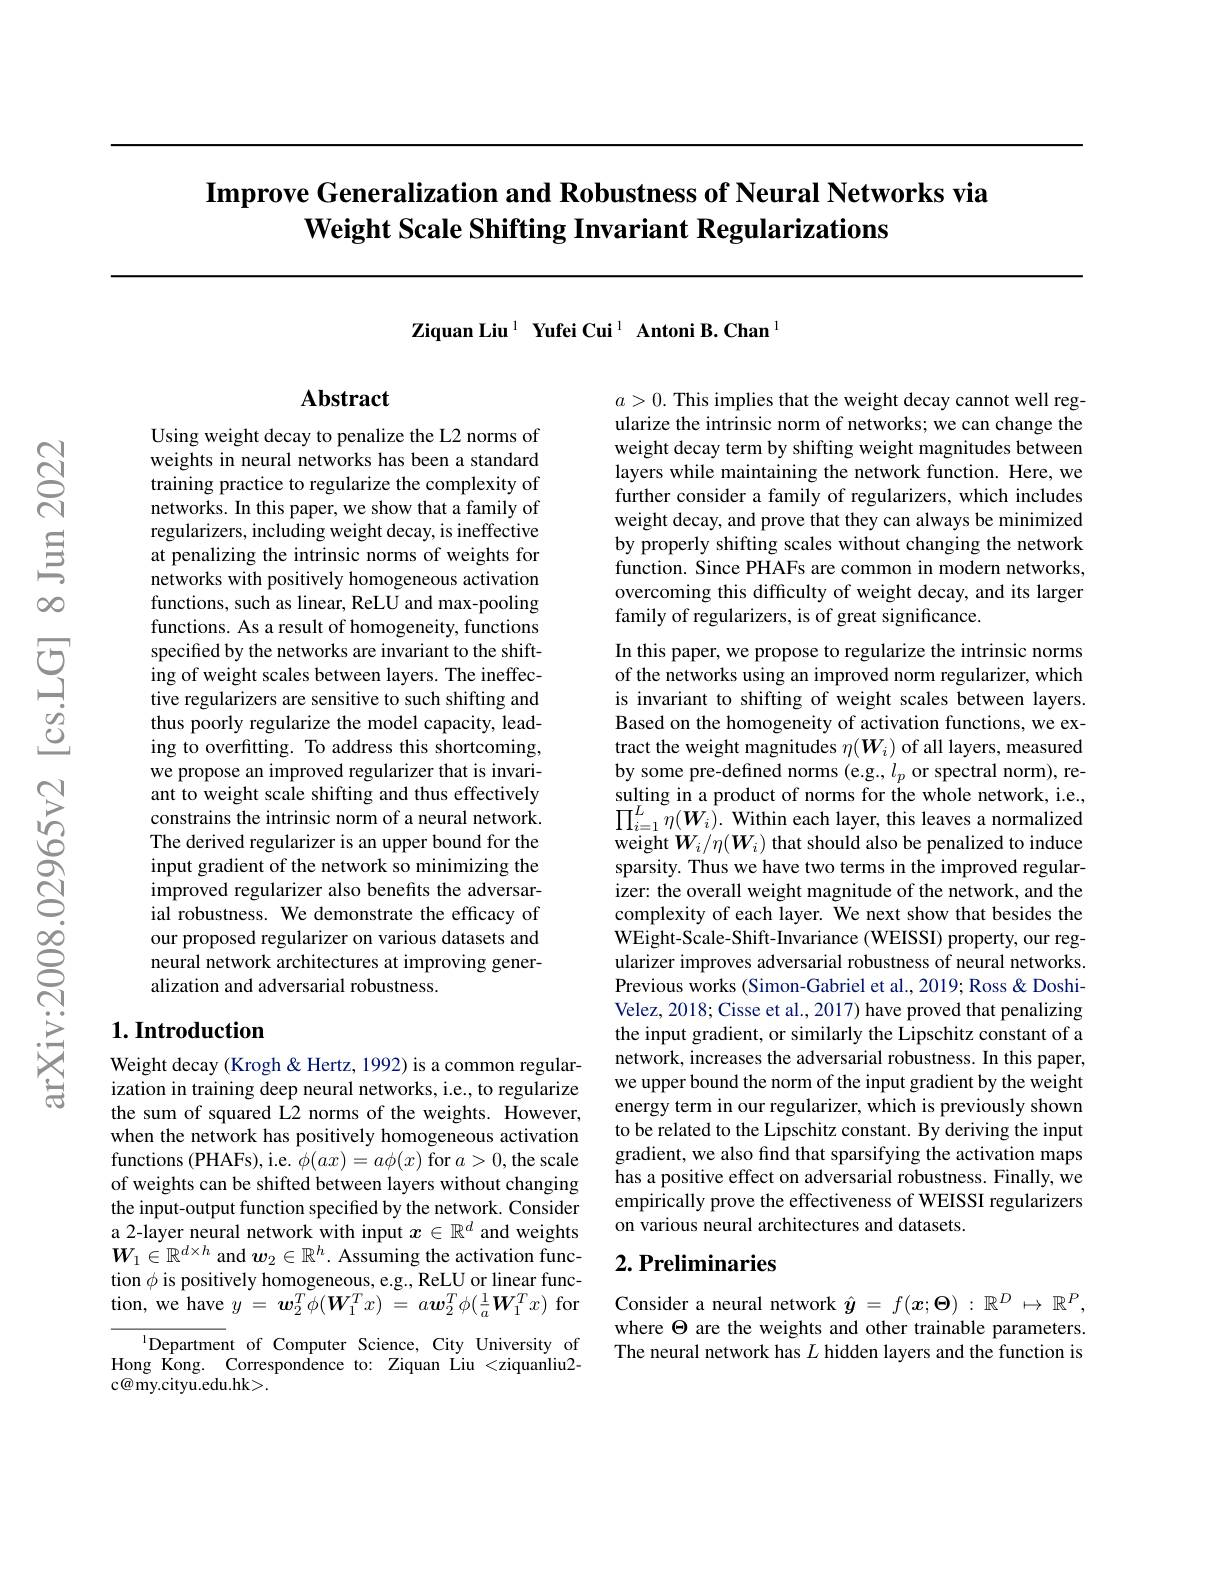
# $\textbf{Improve Generalization and Robustness of Neural Networks via}$ Weight Scale Shifting Invariant Regularizations

Ziquan Liu$^{1}$ Yufei Cui$^{1}$ Antoni B. Chan$^{1}$

## $\mathbf{Abstract}$

Using weight decay to penalize the L2 norms of weights in neural networks has been a standard training practice to regularize the complexity of networks. In this paper, we show that a family of regularizers, including weight decay, is ineffective at penalizing the intrinsic norms of weights for networks with positively homogeneous activation functions, such as linear, ReLU and max-pooling functions. As a result of homogeneity, functions specified by the networks are invariant to the shifting of weight scales between layers. The ineffective regularizers are sensitive to such shifting and thus poorly regularize the model capacity, leading to overfitting. To address this shortcoming, we propose an improved regularizer that is invariant to weight scale shifting and thus effectively constrains the intrinsic norm of a neural network. The derived regularizer is an upper bound for the input gradient of the network so minimizing the improved regularizer also benefits the adversarial robustness. We demonstrate the efficacy of our proposed regularizer on various datasets and neural network architectures at improving generalization and adversarial robustness.

## $1. \textbf{Introduction}$

Weight decay (Krogh & Hertz, 1992) is a common regularization in training deep neural networks, i.e., to regularize the sum of squared L2 norms of the weights. However, when the network has positively homogeneous activation functions (PHAFs), i.e. $\phi(ax)=a\phi(x)$ for $a>0$, the scale of weights can be shifted between layers without changing the input-output function specified by the network. Consider a 2-layer neural network with input $x\in\mathbb{R}^d$ and weights $W_1\in\mathbb{R}^{d\times h}$ and $\boldsymbol w_2\in\mathbb{R}^h.$ Assuming the activation function $\phi$ is positively homogeneous, e.g., ReLU or linear function, we have $y= {\boldsymbol{w}}_{2}^{T}\phi ( \boldsymbol{W}_{1}^{T}x) = a\boldsymbol{w}_{2}^{T}\phi ( \frac 1a\boldsymbol{W}_{1}^{T}x) $for

$^{1}$Department of Computer Science, City University of Hong Kong. Correspondence to: Ziquan Liu <ziquanliu2- $c\textcircled{a}$my.cityu.edu.hk>.

$a>0.$ This implies that the weight decay cannot well regularize the intrinsic norm of networks; we can change the weight decay term by shifting weight magnitudes between layers while maintaining the network function. Here, we further consider a family of regularizers, which includes weight decay, and prove that they can always be minimized by properly shifting scales without changing the network function. Since PHAFs are common in modern networks, overcoming this difficulty of weight decay, and its larger family of regularizers, is of great significance

In this paper, we propose to regularize the intrinsic norms of the networks using an improved norm regularizer, which is invariant to shifting of weight scales between layers. Based on the homogeneity of activation functions, we extract the weight magnitudes $\eta(W_i)$ of all layers, measured by some pre-defined norms (e.g., $l_p$ or spectral norm), resulting in a product of norms for the whole network, i.e., $\prod_{i=1}^{L}\tilde{\eta}(\tilde{W_{i}}).$ Within each layer, this leaves a normalized weight $W_i/\eta(W_i)$ that should also be penalized to induce sparsity. Thus we have two terms in the improved regularizer: the overall weight magnitude of the network, and the complexity of each layer. We next show that besides the WEight-Scale-Shift-Invariance (WEISSI) property, our regularizer improves adversarial robustness of neural networks. Previous works (Simon-Gabriel et al., 2019; Ross& DoshiVelez, 2018; Cisse et al., 2017) have proved that penalizing the input gradient, or similarly the Lipschitz constant of a network, increases the adversarial robustness. In this paper, we upper bound the norm of the input gradient by the weight energy term in our regularizer, which is previously shown to be related to the Lipschitz constant. By deriving the input gradient, we also find that sparsifying the activation maps has a positive effect on adversarial robustness. Finally, we empirically prove the effectiveness of WEISSI regularizers on various neural architectures and datasets.
2. Preliminaries

Consider a neural network $\hat{\boldsymbol{y}}=f(\boldsymbol{x};\boldsymbol{\Theta}):\mathbb{R}^D\mapsto\mathbb{R}^P$, where $\Theta$ are the weights and other trainable parameters. The neural network has $L$ hidden layers and the function is